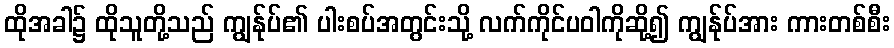
ထိုအခါ၌ ထိုသူတို့သည် ကျွန်ုပ်၏ ပါးစပ်အတွင်းသို့ လက်ကိုင်ပဝါကိုဆို့၍ ကျွန်ုပ်အား ကားတစ်စီး